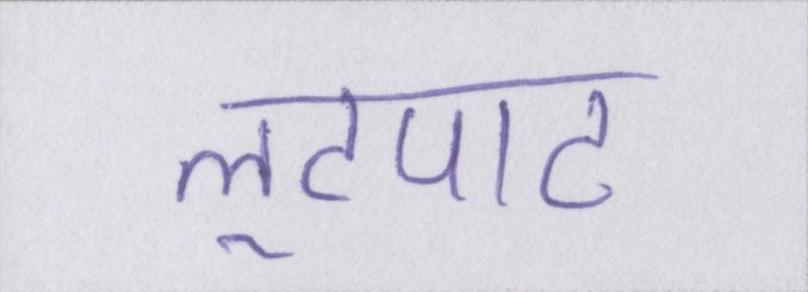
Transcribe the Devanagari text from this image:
लूटपाट